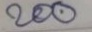
200